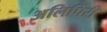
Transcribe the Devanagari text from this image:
अलिपिरी